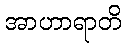
အာဟာရာတိ